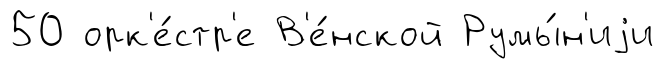
50 орк'е́стр'е В'е́нской Румы́н'иjи